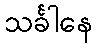
သင်္ခါနေ